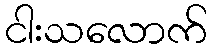
ငါးသလောက်